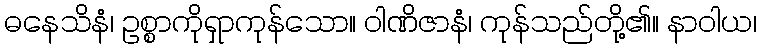
ဓနေသိနံ၊ ဥစ္စာကိုရှာကုန်သော။ ဝါဏိဇာနံ၊ ကုန်သည်တို့၏။ နာဝါယ၊